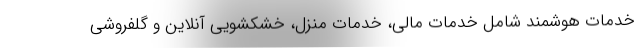
خدمات هوشمند شامل خدمات مالی، خدمات منزل، خشکشویی آنلاین و گلفروشی